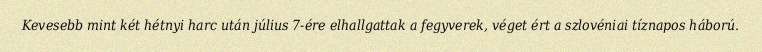
Kevesebb mint két hétnyi harc után július 7-ére elhallgattak a fegyverek, véget ért a szlovéniai tíznapos háború.